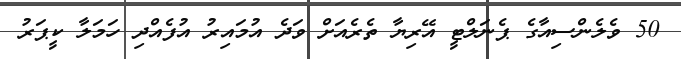
50 ވެލެންސިއާގެ ޕެނަލްޓީ އޭރިޔާ ތެރެއަށް ވަދެ އުމައިރު އުފެއްދި ހަމަލާ ކީޕަރު